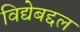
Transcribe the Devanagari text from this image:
विद्येबद्दल